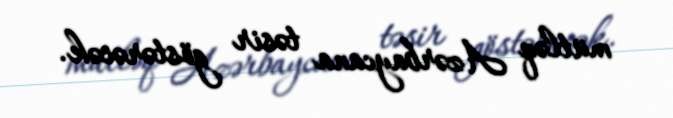
mütləq Azərbaycana təsir göstərəcək.